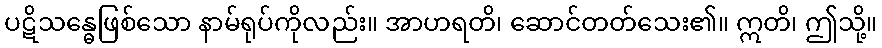
ပဋိသန္ဓေဖြစ်သော နာမ်ရုပ်ကိုလည်း။ အာဟရတိ၊ ဆောင်တတ်သေး၏။ ဣတိ၊ ဤသို့။